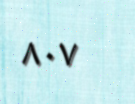
٨٠٧